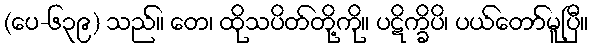
(ပေ-၆၃၉) သည်။ တေ၊ ထိုသပိတ်တို့ကို။ ပဋိက္ခိပိ၊ ပယ်တော်မူပြီ။